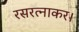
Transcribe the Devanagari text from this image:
रसरत्नाकर।